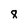
Character: 8